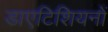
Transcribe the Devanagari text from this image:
डाएटिशियनों